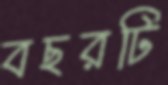
বছরটি